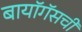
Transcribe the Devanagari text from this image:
बायॉगॅसची